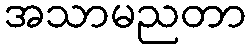
အသာမညတာ